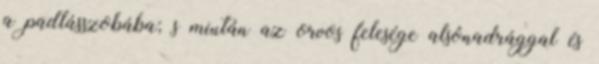
a padlásszobába; s miután az orvos felesége alsónadrággal és